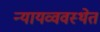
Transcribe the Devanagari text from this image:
न्यायव्ववस्थेत